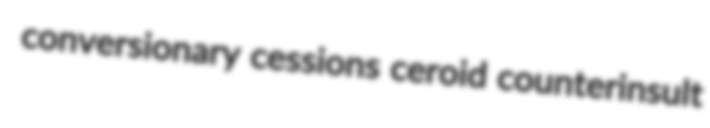
conversionary cessions ceroid counterinsult